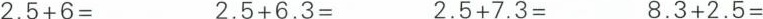
$$2.5+6=$$ $$2.5+6.3=$$ $$2.5+7.3=$$ $$8.3+2.5=$$